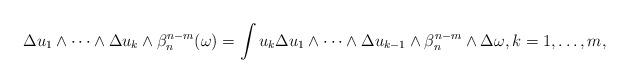
LaTeX: \begin{align*}\Delta u_1\wedge\dots\wedge \Delta u_k \wedge \beta_n^{n-m}(\omega)= \int u_k\Delta u_1\wedge\dots\wedge\Delta u_{k-1}\wedge \beta_n^{n-m}\wedge \Delta \omega, k=1,\dots,m , \end{align*}